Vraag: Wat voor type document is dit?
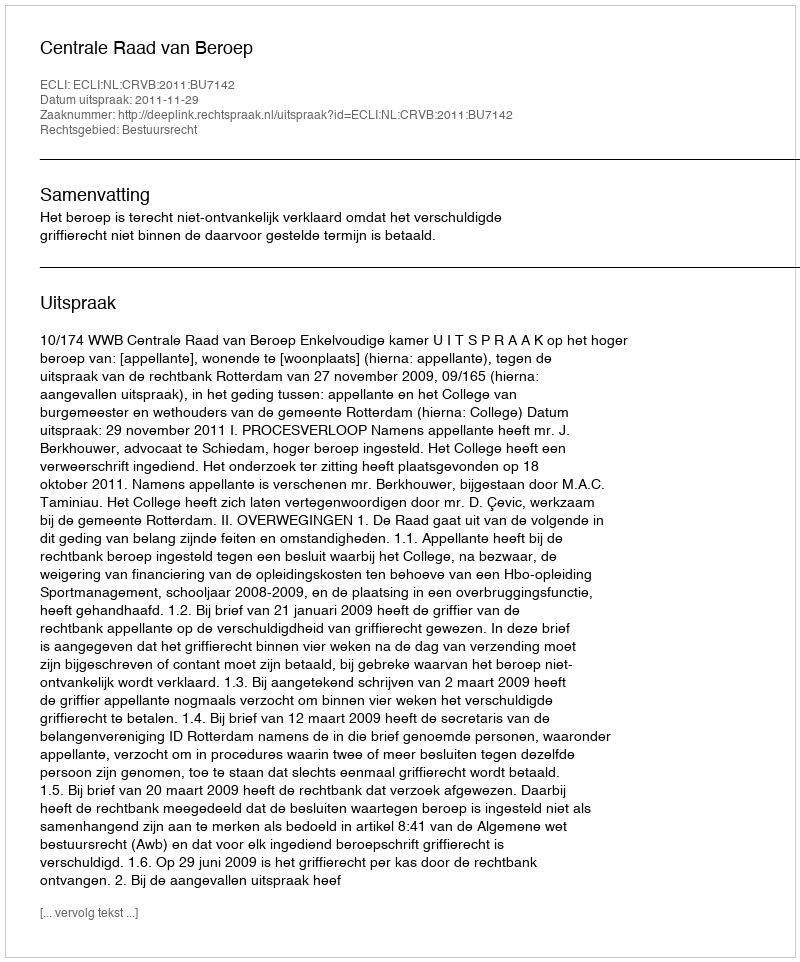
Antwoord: Uitspraak